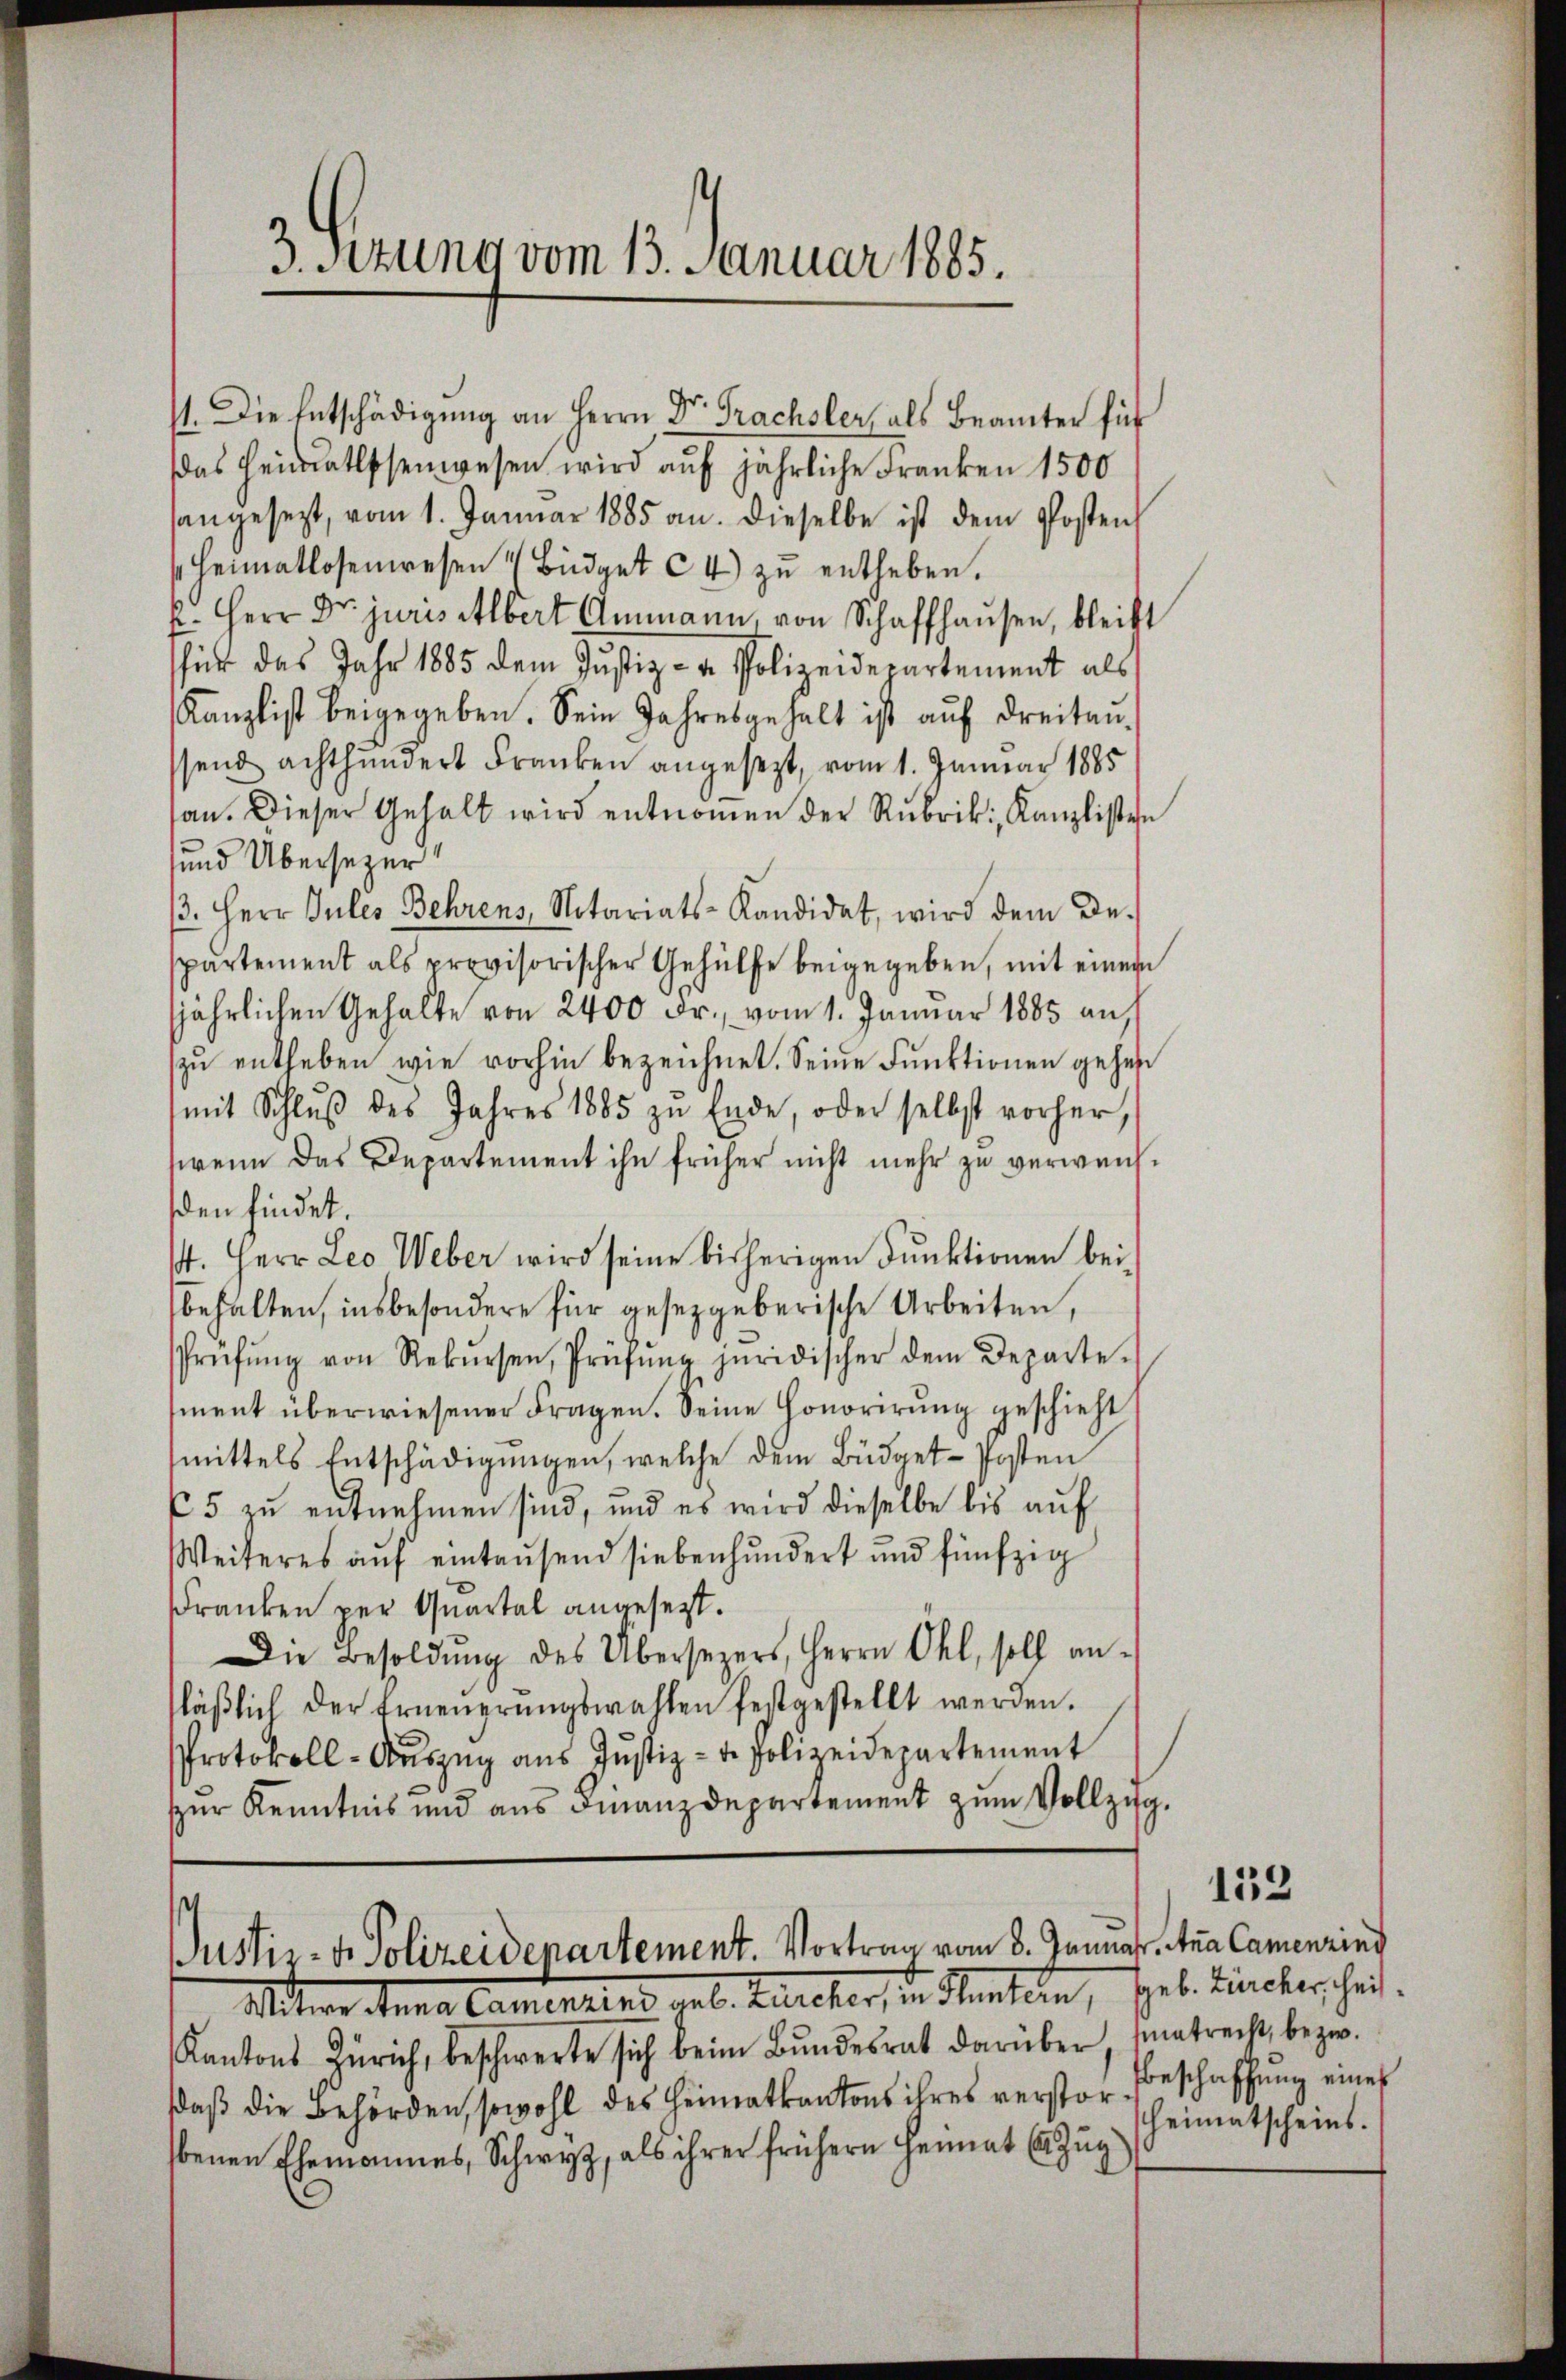
3. Sitzung vom 13. Januar 1885.

für das Jahr 1885 dem Justiz- & Polizeidepartement als
Kanzlist beigegeben. Sein Jahresgehalt ist auf dreitausend achthundert Franken angesezt, vom 1. Januar 1885
san. Dieser Gehalt wird entnoṁen der Rubrik, Kanzlisten
sund Übersezer
. Herr Jules Behrens, Notariats-Kandidat, wird dem De-
spartement als provisorischer Gehülfe beigegeben, mit einem
jährlichen Gehalte von 2400 Fr., vom 1. Januar 1885 au
zu entheben, wie vorhin bezeichnet. Seine Funktionen gehen
mit Schlŭβ des Jahres 1885 zu Ende, oder selbst vorher,
wenn das Departement ihn früher nicht mehr zu verweissden findet.
44. Herr Leo Weber wird seine bisherigen Funktionen bei
behalten, insbesondere für gesetzgeberische Arbeiten,
Prüfŭng von Rekŭrsen, Prüfŭng juridischer dem Departe-
ment überwiesener Fragen. Seine Honorirung geschieht
mittels Entschädigŭngen, welche dem Büdget-Posten
65 zu entnehmen sind, und es wird dieselbe bis auf
Weiteres auf eintausend siebenhundert und fünfzig
kranken per Quartal angesezt.
Die Besoldŭng des Übersezers, Herrn Ohl, soll an-
läβlich der Erneŭerŭngswahlen festgestellt werden.
Protokoll-Aŭszŭg aŭs Jŭstiz- u. Polizeidepartement
ŭr Kenntnis und aŭs Finanzdepartement zŭm Vollzug.

st. Die Entschädigung an Herrn Dr. Prachsler, als Beamter für
das Heimatissenwesen wird auf jährliche Franken 1500
sangesezt, vom 1. Januar 1885 an. Dieselbe ist dem Posten
Heimatlosenwesen 4 Büdget C4 zŭ entheben.
k. Herr Dr. juris Albert Ammann, von Schaffhausen, bleibt

Justiz- & Polizeidenartement. Vortrag vom 8. Januar vna Camenzins
Witwe Stana Camentend aus Berecher, in Renten, sel. Zuckerscheit.

Kantons Zürich, beschwerte sich beim Bŭndesrat darüber, satrecht bezw.
sdaß die Behörden, sowohl des Heimatkantons ihres verstorbenen Ehemannes, Schwyz, als ihrer frühern Heimat (Zug

133

beschaffung eines
heimatscheins.